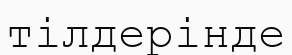
тілдерінде